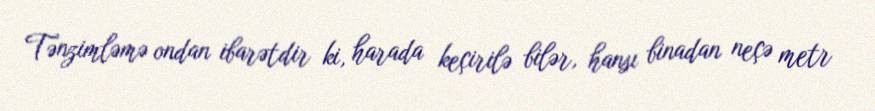
Tənzimləmə ondan ibarətdir ki, harada keçirilə bilər, hansı binadan neçə metr